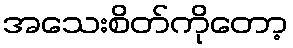
အသေးစိတ်ကိုတော့